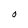
Character: O